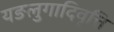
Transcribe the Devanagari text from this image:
यङलुगादिवृत्ति